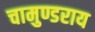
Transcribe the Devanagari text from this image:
चामुण्डराय